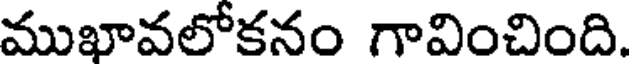
ముఖావలోకనం గావించింది.